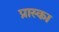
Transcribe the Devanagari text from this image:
प्रास्का